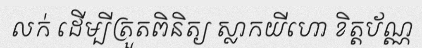
លក់ ដើម្បីត្រួតពិនិត្យ ស្លាកយីហោ ខិត្តប័ណ្ណ